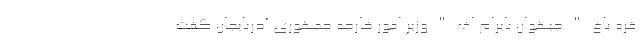
قره باغ " جیهوان بایرام اف " وزیر امور خارجه جمهوری آذربایجان گفت